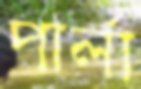
পার্লা